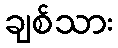
ချစ်သား